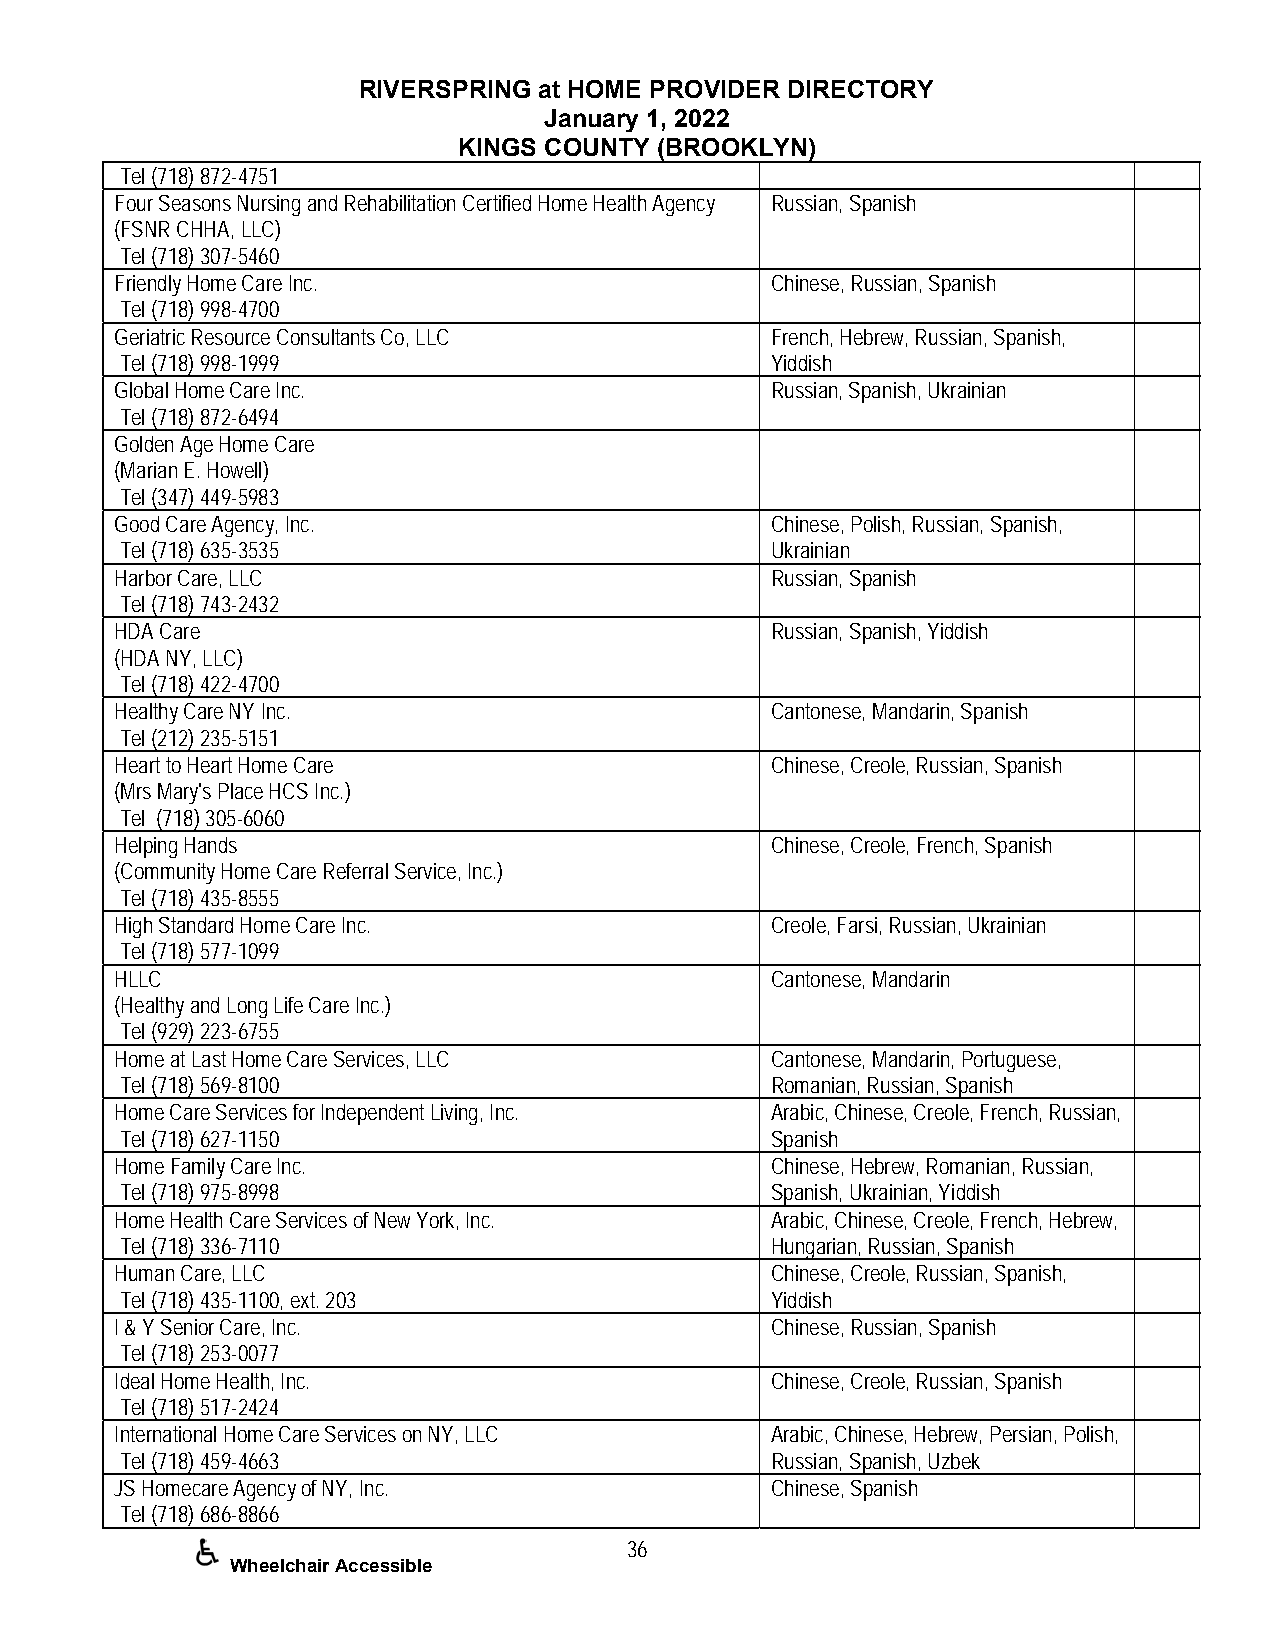
RIVERSPRING at HOME PROVIDER DIRECTORY
 January 1, 2022
 KINGS COUNTY (BROOKLYN)
 Tel (718) 872-4751
 Four Seasons Nursing and Rehabilitation Certified Home Health Agency Russian, Spanish
 (FSNR CHHA, LLC)
 Tel (718) 307-5460
 Friendly Home Care Inc.                    Chinese, Russian, Spanish
 Tel (718) 998-4700
 Geriatric Resource Consultants Co, LLC     French, Hebrew, Russian, Spanish,
 Tel (718) 998-1999                         Yiddish
 Global Home Care Inc.                      Russian, Spanish, Ukrainian
 Tel (718) 872-6494
 Golden Age Home Care
 (Marian E. Howell)
 Tel (347) 449-5983
 Good Care Agency, Inc.                     Chinese, Polish, Russian, Spanish,
 Tel (718) 635-3535                         Ukrainian
 Harbor Care, LLC                           Russian, Spanish
 Tel (718) 743-2432
 HDA Care                                   Russian, Spanish, Yiddish
 (HDA NY, LLC)
 Tel (718) 422-4700
 Healthy Care NY Inc.                       Cantonese, Mandarin, Spanish
 Tel (212) 235-5151
 Heart to Heart Home Care                   Chinese, Creole, Russian, Spanish
 (Mrs Mary's Place HCS Inc.)
 Tel (718) 305-6060
 Helping Hands                              Chinese, Creole, French, Spanish
 (Community Home Care Referral Service, Inc.)
 Tel (718) 435-8555
 High Standard Home Care Inc.               Creole, Farsi, Russian, Ukrainian
 Tel (718) 577-1099
 HLLC                                       Cantonese, Mandarin
 (Healthy and Long Life Care Inc.)
 Tel (929) 223-6755
 Home at Last Home Care Services, LLC       Cantonese, Mandarin, Portuguese,
 Tel (718) 569-8100                         Romanian, Russian, Spanish
 Home Care Services for Independent Living, Inc. Arabic, Chinese, Creole, French, Russian,
 Tel (718) 627-1150                         Spanish
 Home Family Care Inc.                      Chinese, Hebrew, Romanian, Russian,
 Tel (718) 975-8998                         Spanish, Ukrainian, Yiddish
 Home Health Care Services of New York, Inc. Arabic, Chinese, Creole, French, Hebrew,
 Tel (718) 336-7110                         Hungarian, Russian, Spanish
 Human Care, LLC                            Chinese, Creole, Russian, Spanish,
 Tel (718) 435-1100, ext. 203               Yiddish
 I & Y Senior Care, Inc.                    Chinese, Russian, Spanish
 Tel (718) 253-0077
 Ideal Home Health, Inc.                    Chinese, Creole, Russian, Spanish
 Tel (718) 517-2424
 International Home Care Services on NY, LLC Arabic, Chinese, Hebrew, Persian, Polish,
 Tel (718) 459-4663                         Russian, Spanish, Uzbek
 JS Homecare Agency of NY, Inc.             Chinese, Spanish
 Tel (718) 686-8866
 36
 Wheelchair Accessible